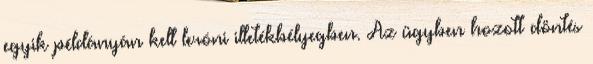
egyik példányán kell leróni illetékbélyegben. Az ügyben hozott döntés